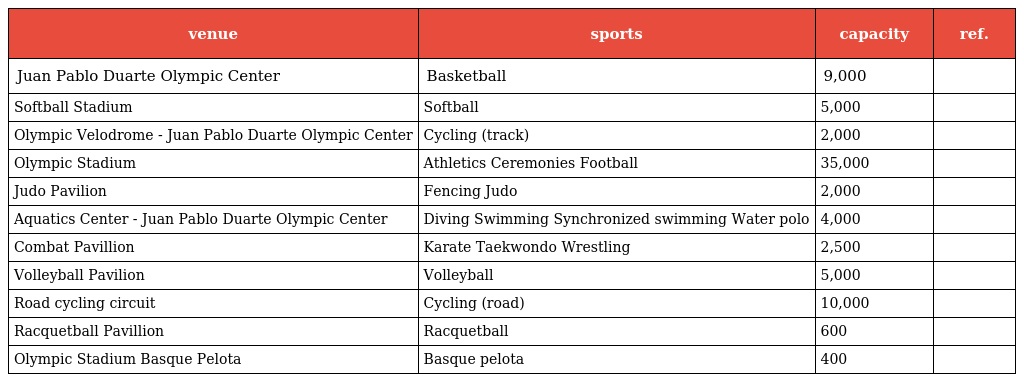
| venue | sports | capacity | ref. |
 | --- | --- | --- | --- |
 | Juan Pablo Duarte Olympic Center | Basketball | 9,000 |  |
 | Softball Stadium | Softball | 5,000 |  |
 | Olympic Velodrome - Juan Pablo Duarte Olympic Center | Cycling (track) | 2,000 |  |
 | Olympic Stadium | Athletics Ceremonies Football | 35,000 |  |
 | Judo Pavilion | Fencing Judo | 2,000 |  |
 | Aquatics Center - Juan Pablo Duarte Olympic Center | Diving Swimming Synchronized swimming Water polo | 4,000 |  |
 | Combat Pavillion | Karate Taekwondo Wrestling | 2,500 |  |
 | Volleyball Pavilion | Volleyball | 5,000 |  |
 | Road cycling circuit | Cycling (road) | 10,000 |  |
 | Racquetball Pavillion | Racquetball | 600 |  |
 | Olympic Stadium Basque Pelota | Basque pelota | 400 |  |